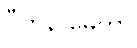
ဝီတိနာမေတွာ